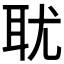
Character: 𰭴